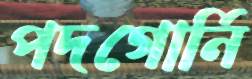
পদগোর্নি